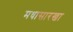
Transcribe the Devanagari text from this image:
मधासारखा